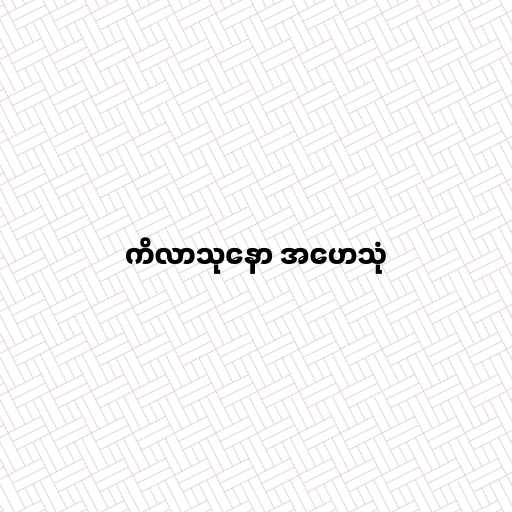
ကိလာသုနော အဟေသုံ